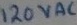
Text: 120VAC